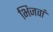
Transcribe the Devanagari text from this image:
भिजवां